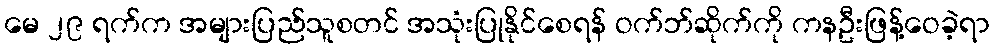
မေ ၂၉ ရက်က အများပြည်သူစတင် အသုံးပြုနိုင်စေရန် ဝက်ဘ်ဆိုက်ကို ကနဦးဖြန့်ဝေခဲ့ရာ